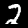
Label: 2